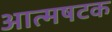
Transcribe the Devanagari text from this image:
आत्मषटक